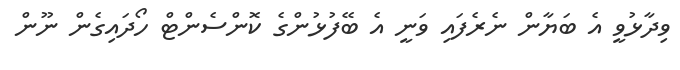
ވިދާޅުވީ އެ ބަޔާން ނެރެފައި ވަނީ އެ ބޭފުޅުންގެ ކޮންސެންޓް ހޯދައިގެން ނޫން